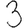
Digit: 3